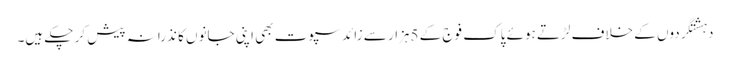
دہشتگردوں کے خلاف لڑتے ہوئے پاک فوج کے 5ہزار سے زائد سپوت بھی اپنی جانوں کا نذرانہ پیش کر چکے ہیں۔